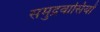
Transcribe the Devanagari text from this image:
समुद्रवासियों